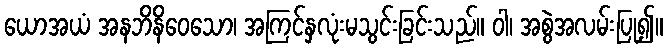
ယောအယံ အနဘိနိဝေသော၊ အကြင်နှလုံးမသွင်းခြင်းသည်။ ဝါ၊ အစွဲအလမ်းပြု၍။